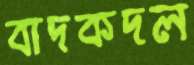
বাদকদল